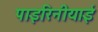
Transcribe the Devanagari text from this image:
पाइरिनीयाई